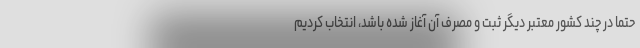
حتما در چند کشور معتبر دیگر ثبت و مصرف آن آغاز شده باشد، انتخاب کردیم